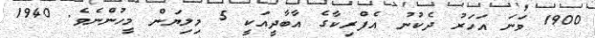
1900 ވަނަ އަހަރު ދެކުނު އެފްރިކާގެ އާބާދީއަކީ 5 މިލިޔަން މީހުންނެވެ. 1940